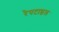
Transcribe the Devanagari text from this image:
रेपटाइल